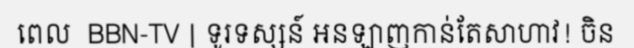
ពេល  BBN-TV | ទូរទស្សន៍ អនឡាញកាន់តែសាហាវ! ចិន